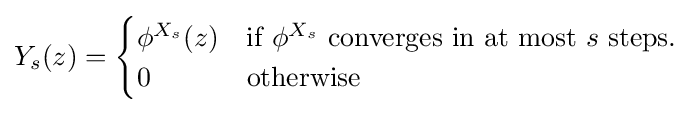
\displaystyle Y_{s}(z)={\begin{cases}\phi ^{X_{s}}(z)&{\text{if }}\phi ^{X_{s}}{\text{ converges in at most }}s{\text{ steps.}}\\0&{\text{otherwise }}\end{cases}}